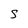
Character: S